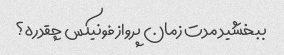
ببخشید مدت زمان پرواز فونیکس چقدره؟